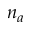
n _ { a }